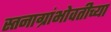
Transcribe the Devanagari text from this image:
स्तनाग्रांभोवतीच्या